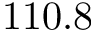
1 1 0 . 8